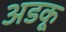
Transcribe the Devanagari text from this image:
अडकू